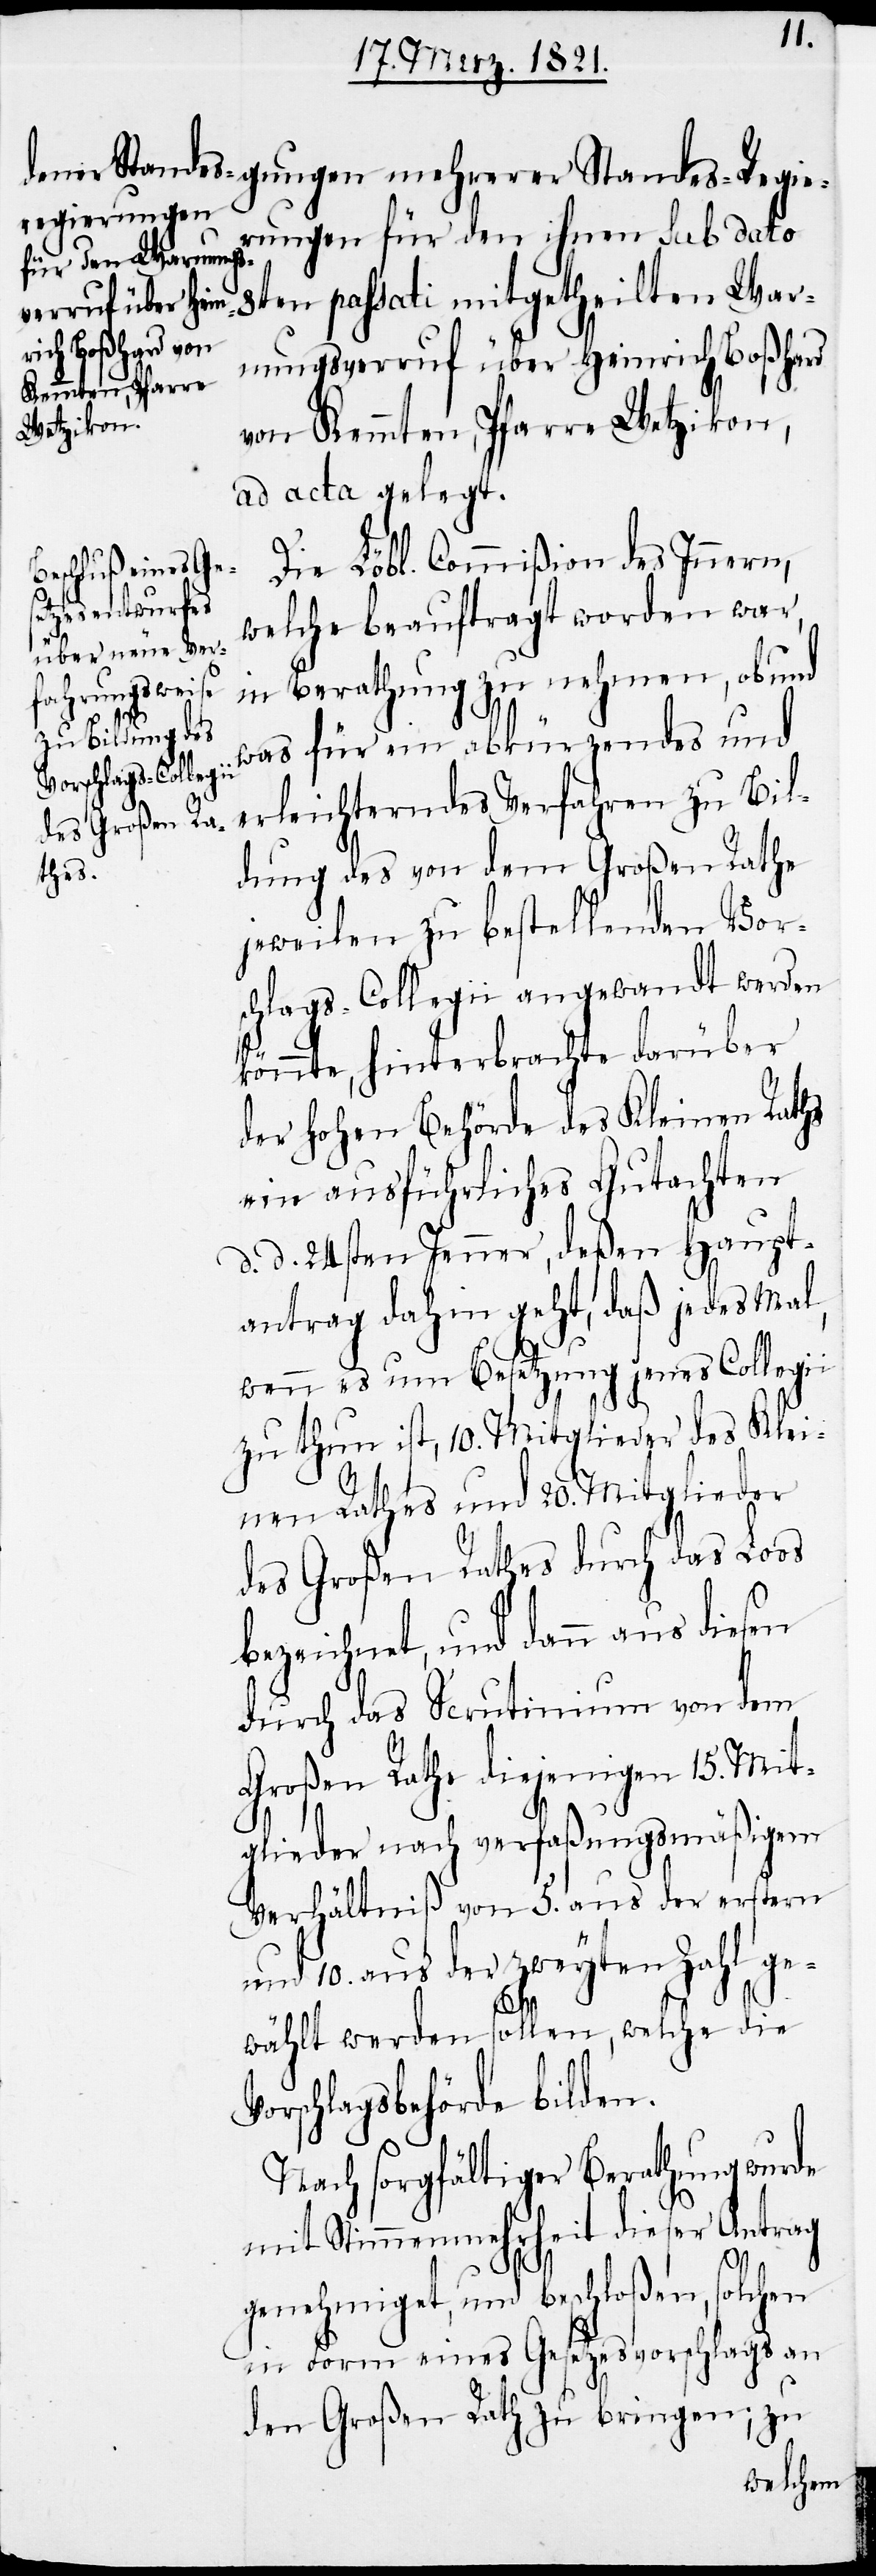
rungen für den ihnen sub dato
8ten passati mitgetheilten War¬
nungsverruf über Heinrich Boßhard
von Kemmten, Pfarre Wetzikon,
ad acta gelegt.
Die Löbl. Commißion des Innern,
Standes-Regie¬
welche beauftragt worden war,
in Berathung zu nehmen, ob und
was für ein abkürzendes und
erleichterndes Verfahren zu Bil¬
dung des von dem Großen Rathe
jeweilen zu bestellenden Vor¬
schlags-Collegii angewandt werden
könnte, hinterbrachte darüber
der hohen Behörde des Kleinen Rathes
ein ausführliches Gutachten
d. d. 24sten Jenner, deßen Haupt¬
antrag dahin geht, daß jedes mal,
wenn es um Besetzung jenes Collegi¬
zu thun ist, 10. Mitglieder des Klei¬
nen Rathes und 20. Mitglieder
des Großen Rathes durch das Loos
bezeichnet, und dann aus diesen
durch das Scrutinium von dem
Großen Rathe diejenigen 15. Mit¬
glieder nach verfaßungsmäßigem
Verhältniß von 5. aus der ersten
und 10. aus der zweyten Zahl ge¬
i
wählt werden sollen, welche die
Vorschlagsbehörde bilden.
Nach sorgfältiger Berathung wurde
mit Stimmenmehrheit dieser Antrag
genehmigt, und beschloßen, solchen
in Form eines Gesetzesvorschlags an
den Großen Rath zu bringen; zu